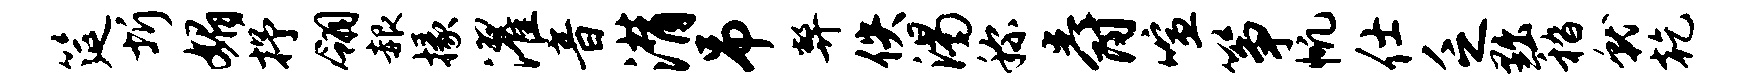
筵圻媚抒翎赧掾濯音潸吊弊佚渴称爵喧筝帆仕乏黜嵇就乾